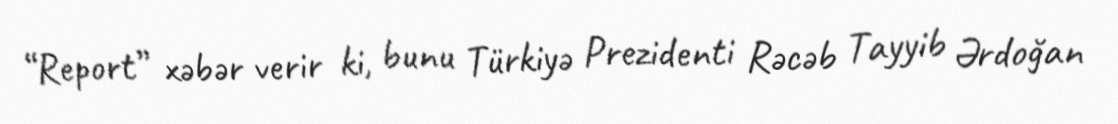
“Report” xəbər verir ki, bunu Türkiyə Prezidenti Rəcəb Tayyib Ərdoğan